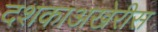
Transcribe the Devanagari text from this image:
दशकाअखेरीस